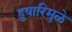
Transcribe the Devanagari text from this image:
हुषारिमुळे